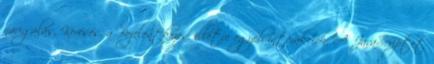
navigálás, Keresés, a Bejelentkezés, illetve egyéb interakciók. A JavaScriptet